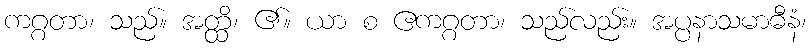
ကဂ္ဂတာ၊ သည်။ အတ္ထိ၊ ၏။ ယာ စ ဧကဂ္ဂတာ၊ သည်လည်း။ အပ္ပနာသမာဓီနံ၊